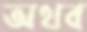
অথব